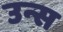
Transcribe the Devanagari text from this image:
उन्स